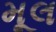
મૂલ